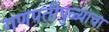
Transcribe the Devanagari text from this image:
गणपतीपुळ्याचा